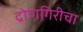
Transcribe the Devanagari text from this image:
द्रोणगिरीचा